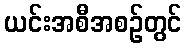
ယင်းအစီအစဉ်တွင်